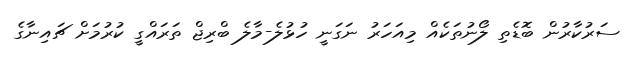
ސަރުކާރުން ބޮޑެތި ލޯނުތަކެއް މިއަހަރު ނަގަނީ ހުޅުލެ-މާލެ ބްރިޖް ތަރައްގީ ކުރުމަށް ޗައިނާގެ